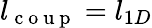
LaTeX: l_{\mathrm{~c~o~u~p~}}=l_{1D}